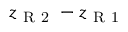
z _ { \mathrm { ~ R ~ 2 ~ } } - z _ { \mathrm { ~ R ~ 1 ~ } }